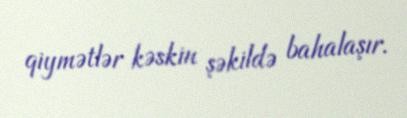
qiymətlər kəskin şəkildə bahalaşır.